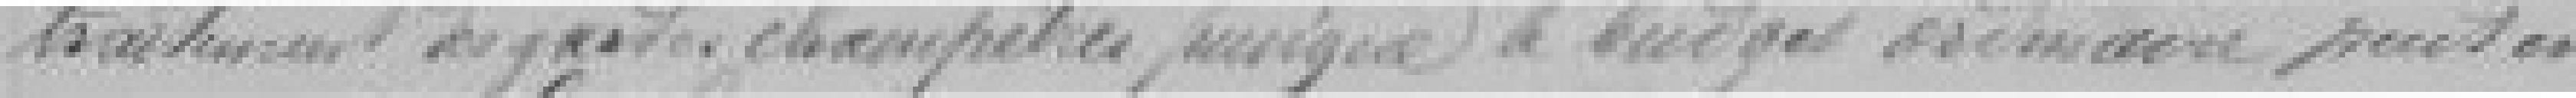
traitement des gardes champêtres ??? le budget ordinaire peut en